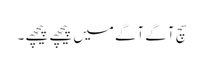
سچ آگے آگے میں پیچھے پیچھے ۔